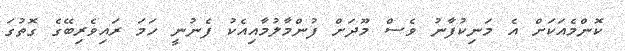
ކޮންމެއަކަށް އެ މަނިކުފާނު ވެސް މޫދަށް ފުންމާލުމާއިއެކު ފެނުނީ ހަމަ ރައިވެރިބޭގެ ގޮތުގަ